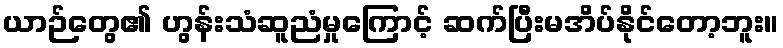
ယာဉ်တွေ၏ ဟွန်းသံဆူညံမှုကြောင့် ဆက်ပြီးမအိပ်နိုင်တော့ဘူး။